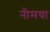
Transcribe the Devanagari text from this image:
नीमचा